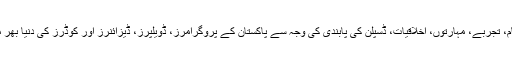
اپنے ذہانت پر مبنی کام، تجربے، مہارتوں، اخلاقیات، ڈسپلن کی پابندی کی وجہ سے پاکستان کے پروگرامرز، ڈویلپرز، ڈیزائنرز اور کوڈرز کی دنیا بھر میں قدر کی جاتی ہے ۔